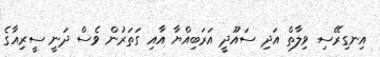
އިނގިރޭސި ވިލާތް އަދި ސައޫދީ އަރަބިއްޔާ އާއި ގަތަރުން ވެސް ދަނީ ސީރިއާގެ